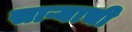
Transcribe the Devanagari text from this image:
साऱ्याची